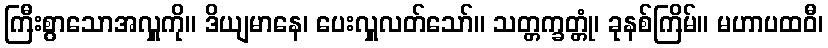
ကြီးစွာသောအလှူကို။ ဒိယျမာနေ၊ ပေးလှူလတ်သော်။ သတ္တက္ခတ္တုံ၊ ခုနစ်ကြိမ်။ မဟာပထဝီ၊